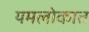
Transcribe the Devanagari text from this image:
यमलोकात